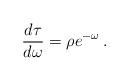
LaTeX: \begin{align*}\frac{d\tau}{d\omega} = \rho e^{-\omega} \>.\end{align*}